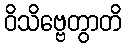
ဝိသိဗ္ဗေတွာတိ